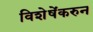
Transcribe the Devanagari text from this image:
विशेषेंकरुन